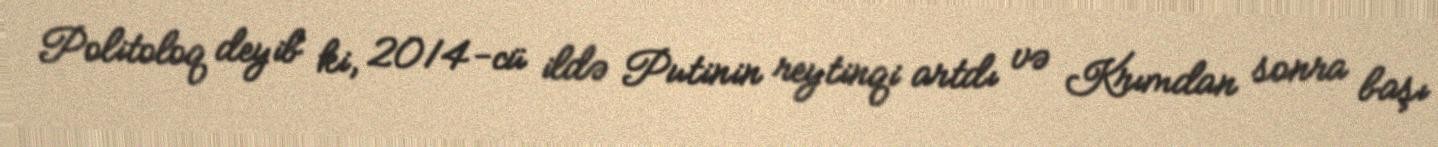
Politoloq deyib ki, 2014-cü ildə Putinin reytinqi artdı və Krımdan sonra başı